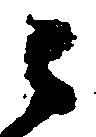
々